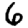
Digit: 6